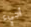
أجيء